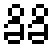
ခိခိ